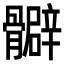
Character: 𩪧